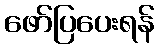
ဖော်ပြပေးရန်